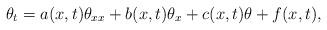
LaTeX: \begin{align*} \theta_t= a(x,t)\theta_{xx}+b(x,t)\theta_x+c(x,t) \theta+f(x,t),\end{align*}